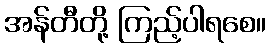
အန်တီတို့ ကြည့်ပါရစေ။